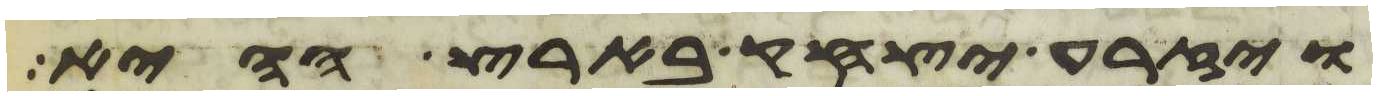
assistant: ויזרע יצחק בארץ ההיא